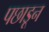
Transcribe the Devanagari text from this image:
पछाडून